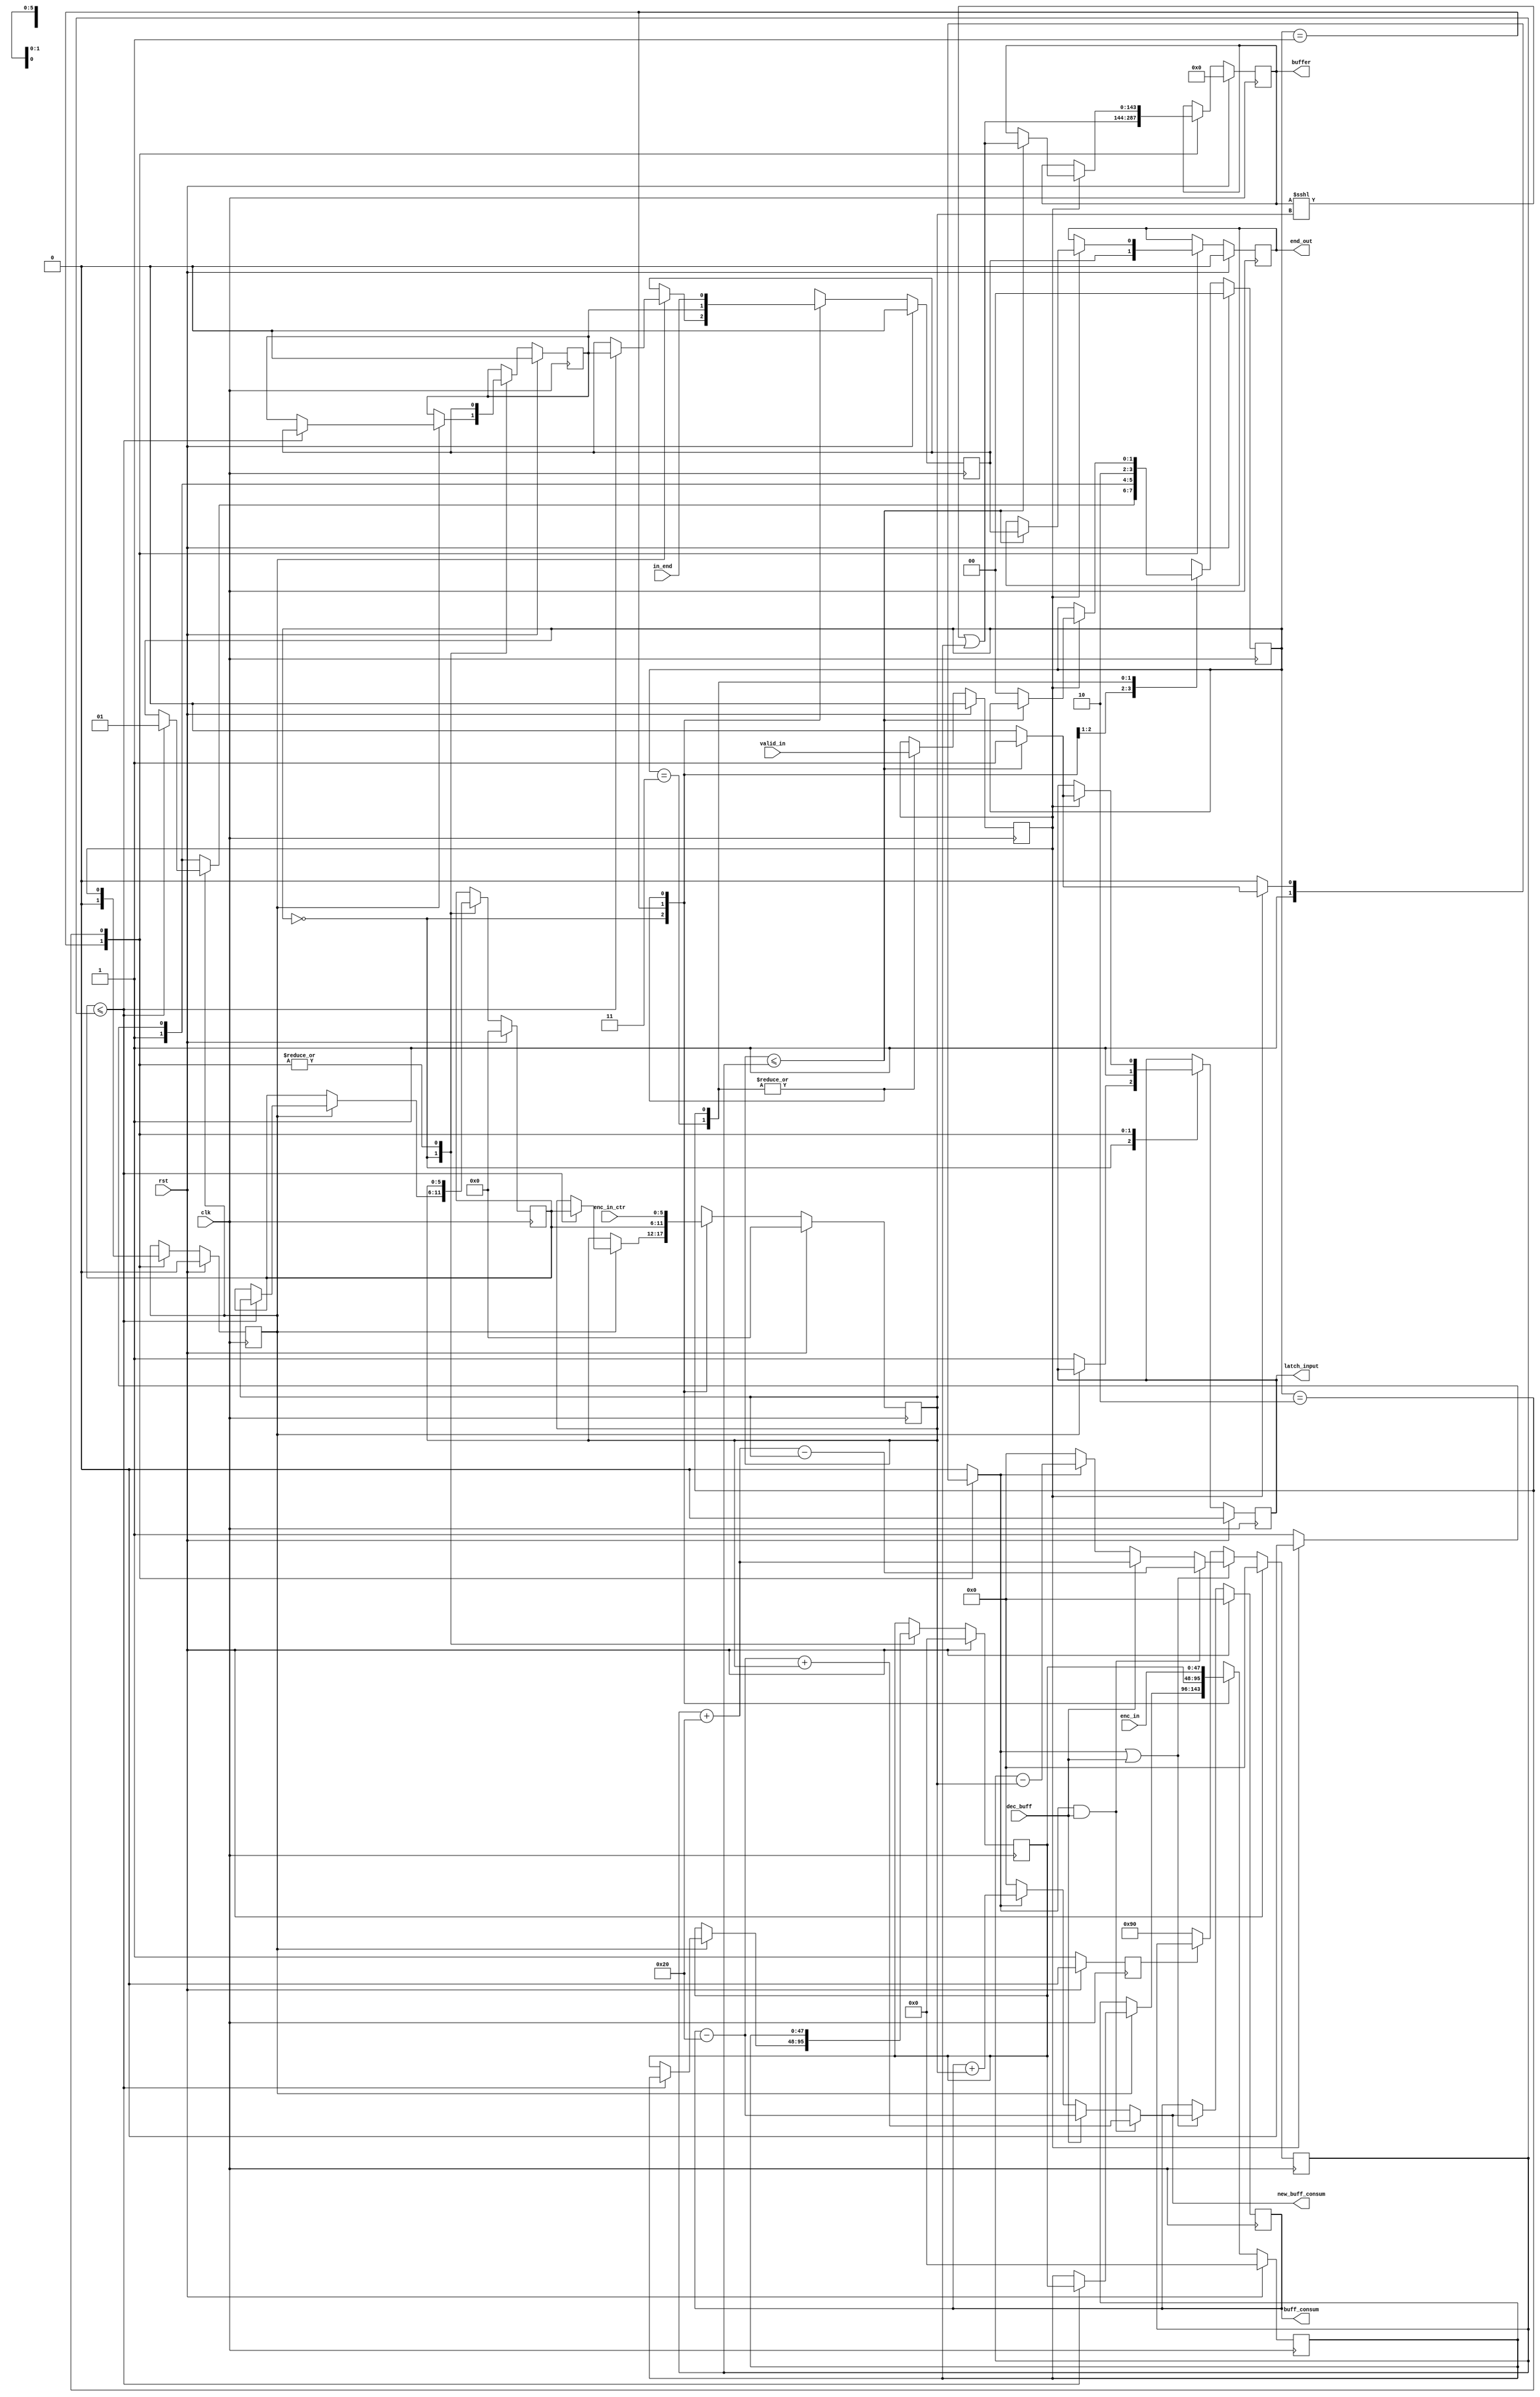
/* Generated by Yosys 0.8+     369 (git sha1 ea0e0722, clang 10.0.1 -fPIC -Os) */

(* \nmigen.hierarchy  = "top.input_handler" *)
(* generator = "nMigen" *)
module input_handler(valid_in, enc_in, enc_in_ctr, in_end, rst, clk, latch_input, buffer, end_out, new_buff_consum, buff_consum, dec_buff);
  wire \$1 ;
  wire \$11 ;
  wire \$13 ;
  wire \$15 ;
  wire \$17 ;
  wire \$19 ;
  wire \$21 ;
  wire \$23 ;
  wire \$25 ;
  wire [206:0] \$27 ;
  wire [206:0] \$28 ;
  wire \$3 ;
  wire [206:0] \$30 ;
  wire \$32 ;
  wire [206:0] \$34 ;
  wire [206:0] \$35 ;
  wire [206:0] \$37 ;
  wire \$39 ;
  wire \$41 ;
  wire [9:0] \$43 ;
  wire [8:0] \$44 ;
  wire [9:0] \$46 ;
  wire [8:0] \$48 ;
  wire [8:0] \$49 ;
  wire \$5 ;
  wire [8:0] \$51 ;
  wire [8:0] \$52 ;
  wire \$54 ;
  wire [9:0] \$56 ;
  wire [8:0] \$57 ;
  wire [9:0] \$59 ;
  wire [8:0] \$61 ;
  wire [8:0] \$62 ;
  wire [8:0] \$64 ;
  wire [8:0] \$65 ;
  wire \$7 ;
  wire \$9 ;
  (* src = "vbits_to_cbits.py:171" *)
  reg \$next\buff_change ;
  (* src = "vbits_to_cbits.py:146" *)
  reg [7:0] \$next\buff_consum ;
  (* src = "vbits_to_cbits.py:166" *)
  reg [7:0] \$next\buff_free ;
  (* src = "vbits_to_cbits.py:192" *)
  reg \$next\buff_reg ;
  (* src = "vbits_to_cbits.py:145" *)
  reg [143:0] \$next\buffer ;
  (* src = "vbits_to_cbits.py:186" *)
  reg [47:0] \$next\enc_in_buff ;
  (* src = "vbits_to_cbits.py:187" *)
  reg [5:0] \$next\enc_in_ctr_buff ;
  (* src = "vbits_to_cbits.py:181" *)
  reg [5:0] \$next\enc_in_ctr_reg ;
  (* src = "vbits_to_cbits.py:180" *)
  reg [47:0] \$next\enc_in_reg ;
  (* src = "vbits_to_cbits.py:153" *)
  reg \$next\end_out ;
  (* src = "nmigen/hdl/dsl.py:244" *)
  reg [1:0] \$next\fsm_state ;
  (* src = "vbits_to_cbits.py:188" *)
  reg \$next\in_end_buff ;
  (* src = "vbits_to_cbits.py:182" *)
  reg \$next\in_end_reg ;
  (* src = "vbits_to_cbits.py:170" *)
  reg \$next\inc_buff ;
  (* src = "vbits_to_cbits.py:138" *)
  reg \$next\latch_input ;
  (* src = "vbits_to_cbits.py:147" *)
  reg [7:0] \$next\new_buff_consum ;
  (* src = "vbits_to_cbits.py:167" *)
  reg [7:0] \$next\new_buff_free ;
  (* src = "vbits_to_cbits.py:165" *)
  reg \$next\start ;
  (* src = "vbits_to_cbits.py:189" *)
  reg \$next\valid_in_buff ;
  (* src = "vbits_to_cbits.py:176" *)
  reg \$next\valid_in_late ;
  (* src = "vbits_to_cbits.py:183" *)
  reg \$next\valid_in_reg ;
  (* src = "vbits_to_cbits.py:171" *)
  wire buff_change;
  (* init = 8'h00 *)
  (* src = "vbits_to_cbits.py:146" *)
  output [7:0] buff_consum;
  reg [7:0] buff_consum = 8'h00;
  (* init = 8'h00 *)
  (* src = "vbits_to_cbits.py:166" *)
  reg [7:0] buff_free = 8'h00;
  (* src = "vbits_to_cbits.py:192" *)
  wire buff_reg;
  (* init = 144'h000000000000000000000000000000000000 *)
  (* src = "vbits_to_cbits.py:145" *)
  output [143:0] buffer;
  reg [143:0] buffer = 144'h000000000000000000000000000000000000;
  (* src = "nmigen/hdl/ir.py:329" *)
  input clk;
  (* src = "vbits_to_cbits.py:150" *)
  input dec_buff;
  (* src = "vbits_to_cbits.py:139" *)
  input [47:0] enc_in;
  (* init = 48'h000000000000 *)
  (* src = "vbits_to_cbits.py:186" *)
  reg [47:0] enc_in_buff = 48'h000000000000;
  (* src = "vbits_to_cbits.py:140" *)
  input [5:0] enc_in_ctr;
  (* init = 6'h00 *)
  (* src = "vbits_to_cbits.py:187" *)
  reg [5:0] enc_in_ctr_buff = 6'h00;
  (* init = 6'h00 *)
  (* src = "vbits_to_cbits.py:181" *)
  reg [5:0] enc_in_ctr_reg = 6'h00;
  (* init = 48'h000000000000 *)
  (* src = "vbits_to_cbits.py:180" *)
  reg [47:0] enc_in_reg = 48'h000000000000;
  (* init = 1'h0 *)
  (* src = "vbits_to_cbits.py:153" *)
  output end_out;
  reg end_out = 1'h0;
  (* init = 2'h0 *)
  (* src = "nmigen/hdl/dsl.py:244" *)
  reg [1:0] fsm_state = 2'h0;
  (* src = "vbits_to_cbits.py:141" *)
  input in_end;
  (* init = 1'h0 *)
  (* src = "vbits_to_cbits.py:188" *)
  reg in_end_buff = 1'h0;
  (* init = 1'h0 *)
  (* src = "vbits_to_cbits.py:182" *)
  reg in_end_reg = 1'h0;
  (* src = "vbits_to_cbits.py:170" *)
  wire inc_buff;
  (* init = 1'h0 *)
  (* src = "vbits_to_cbits.py:138" *)
  output latch_input;
  reg latch_input = 1'h0;
  (* src = "vbits_to_cbits.py:147" *)
  output [7:0] new_buff_consum;
  (* src = "vbits_to_cbits.py:167" *)
  wire [7:0] new_buff_free;
  (* src = "nmigen/hdl/ir.py:329" *)
  input rst;
  (* init = 1'h0 *)
  (* src = "vbits_to_cbits.py:165" *)
  reg start = 1'h0;
  (* src = "vbits_to_cbits.py:142" *)
  input valid_in;
  (* init = 1'h0 *)
  (* src = "vbits_to_cbits.py:189" *)
  reg valid_in_buff = 1'h0;
  (* init = 1'h0 *)
  (* src = "vbits_to_cbits.py:176" *)
  reg valid_in_late = 1'h0;
  (* init = 1'h0 *)
  (* src = "vbits_to_cbits.py:183" *)
  reg valid_in_reg = 1'h0;
  assign \$9  = enc_in_ctr_buff <= (* src = "vbits_to_cbits.py:243" *) buff_free;
  assign \$11  = enc_in_ctr_buff <= (* src = "vbits_to_cbits.py:243" *) buff_free;
  assign \$13  = enc_in_ctr_buff <= (* src = "vbits_to_cbits.py:243" *) buff_free;
  assign \$15  = enc_in_ctr_buff <= (* src = "vbits_to_cbits.py:243" *) buff_free;
  assign \$17  = enc_in_ctr_buff <= (* src = "vbits_to_cbits.py:243" *) buff_free;
  assign \$1  = enc_in_ctr_reg <= (* src = "vbits_to_cbits.py:281" *) buff_free;
  assign \$19  = enc_in_ctr_buff <= (* src = "vbits_to_cbits.py:243" *) buff_free;
  assign \$21  = enc_in_ctr_buff <= (* src = "vbits_to_cbits.py:243" *) buff_free;
  assign \$23  = enc_in_ctr_reg <= (* src = "vbits_to_cbits.py:281" *) buff_free;
  assign \$25  = enc_in_ctr_reg <= (* src = "vbits_to_cbits.py:281" *) buff_free;
  assign \$28  = buffer <<< (* src = "vbits_to_cbits.py:206" *) enc_in_ctr_reg;
  assign \$30  = \$28  | (* src = "vbits_to_cbits.py:206" *) enc_in_reg;
  assign \$32  = enc_in_ctr_reg <= (* src = "vbits_to_cbits.py:281" *) buff_free;
  assign \$35  = buffer <<< (* src = "vbits_to_cbits.py:206" *) enc_in_ctr_reg;
  assign \$37  = \$35  | (* src = "vbits_to_cbits.py:206" *) enc_in_reg;
  assign \$3  = inc_buff | (* src = "vbits_to_cbits.py:173" *) dec_buff;
  assign \$39  = enc_in_ctr_reg <= (* src = "vbits_to_cbits.py:281" *) buff_free;
  assign \$41  = inc_buff & (* src = "vbits_to_cbits.py:289" *) dec_buff;
  assign \$44  = buff_free + (* src = "vbits_to_cbits.py:290" *) 6'h20;
  assign \$46  = \$44  - (* src = "vbits_to_cbits.py:290" *) enc_in_ctr_reg;
  assign \$49  = buff_free + (* src = "vbits_to_cbits.py:293" *) 6'h20;
  assign \$52  = buff_free - (* src = "vbits_to_cbits.py:295" *) enc_in_ctr_reg;
  assign \$54  = inc_buff & (* src = "vbits_to_cbits.py:298" *) dec_buff;
  assign \$57  = buff_consum - (* src = "vbits_to_cbits.py:299" *) 6'h20;
  assign \$5  = start == (* src = "vbits_to_cbits.py:232" *) 1'h0;
  assign \$59  = \$57  + (* src = "vbits_to_cbits.py:299" *) enc_in_ctr_reg;
  assign \$62  = buff_consum - (* src = "vbits_to_cbits.py:302" *) 6'h20;
  assign \$65  = buff_consum + (* src = "vbits_to_cbits.py:304" *) enc_in_ctr_reg;
  assign \$7  = start == (* src = "vbits_to_cbits.py:232" *) 1'h0;
  always @(posedge clk)
      latch_input <= \$next\latch_input ;
  always @(posedge clk)
      fsm_state <= \$next\fsm_state ;
  always @(posedge clk)
      in_end_reg <= \$next\in_end_reg ;
  always @(posedge clk)
      enc_in_ctr_reg <= \$next\enc_in_ctr_reg ;
  always @(posedge clk)
      enc_in_reg <= \$next\enc_in_reg ;
  always @(posedge clk)
      in_end_buff <= \$next\in_end_buff ;
  always @(posedge clk)
      enc_in_ctr_buff <= \$next\enc_in_ctr_buff ;
  always @(posedge clk)
      enc_in_buff <= \$next\enc_in_buff ;
  always @(posedge clk)
      start <= \$next\start ;
  always @(posedge clk)
      buff_free <= \$next\buff_free ;
  always @(posedge clk)
      valid_in_late <= \$next\valid_in_late ;
  always @(posedge clk)
      buff_consum <= \$next\buff_consum ;
  always @(posedge clk)
      valid_in_reg <= \$next\valid_in_reg ;
  always @(posedge clk)
      end_out <= \$next\end_out ;
  always @(posedge clk)
      buffer <= \$next\buffer ;
  always @(posedge clk)
      valid_in_buff <= \$next\valid_in_buff ;
  always @* begin
    \$next\inc_buff  = 1'h0;
    \$next\inc_buff  = 1'h0;
    casez (fsm_state)
      2'h1:
          \$next\inc_buff  = 1'h1;
      2'h2:
          casez (valid_in_reg)
            1'h1:
                casez (\$1 )
                  1'h1:
                      \$next\inc_buff  = 1'h1;
                endcase
          endcase
    endcase
  end
  always @* begin
    \$next\buff_change  = 1'h0;
    \$next\buff_change  = \$3 ;
  end
  always @* begin
    \$next\enc_in_ctr_reg  = enc_in_ctr_reg;
    casez (fsm_state)
      2'h0:
          casez ({ valid_in_reg, valid_in_buff })
            2'bz1:
                casez (\$17 )
                  1'h1:
                      \$next\enc_in_ctr_reg  = enc_in_ctr_buff;
                endcase
          endcase
      2'h1:
          \$next\enc_in_ctr_reg  = enc_in_ctr_buff;
      2'h3:
          \$next\enc_in_ctr_reg  = enc_in_ctr;
      2'h2:
          \$next\enc_in_ctr_reg  = enc_in_ctr;
    endcase
    casez (rst)
      1'h1:
          \$next\enc_in_ctr_reg  = 6'h00;
    endcase
  end
  always @* begin
    \$next\in_end_reg  = in_end_reg;
    casez (fsm_state)
      2'h0:
          casez ({ valid_in_reg, valid_in_buff })
            2'bz1:
                casez (\$19 )
                  1'h1:
                      \$next\in_end_reg  = in_end_buff;
                endcase
          endcase
      2'h1:
          \$next\in_end_reg  = in_end_buff;
      2'h3:
          \$next\in_end_reg  = in_end;
      2'h2:
          \$next\in_end_reg  = in_end;
    endcase
    casez (rst)
      1'h1:
          \$next\in_end_reg  = 1'h0;
    endcase
  end
  always @* begin
    \$next\fsm_state  = fsm_state;
    casez (fsm_state)
      2'h0:
          casez ({ valid_in_reg, valid_in_buff })
            2'bz1:
                casez (\$21 )
                  1'h1:
                      \$next\fsm_state  = 2'h1;
                endcase
            2'b1z:
                \$next\fsm_state  = 2'h2;
            2'hz:
                \$next\fsm_state  = 2'h3;
          endcase
      2'h1:
          casez (valid_in_reg)
            1'h1:
                \$next\fsm_state  = 2'h2;
            1'hz:
                \$next\fsm_state  = 2'h3;
          endcase
      2'h3:
          \$next\fsm_state  = 2'h2;
      2'h2:
          casez (valid_in_reg)
            1'h1:
                casez (\$23 )
                  1'h1:
                      /* empty */;
                  1'hz:
                      \$next\fsm_state  = 2'h0;
                endcase
          endcase
    endcase
    casez (rst)
      1'h1:
          \$next\fsm_state  = 2'h0;
    endcase
  end
  always @* begin
    \$next\latch_input  = latch_input;
    casez (fsm_state)
      2'h0:
          casez ({ valid_in_reg, valid_in_buff })
            2'bz1:
                /* empty */;
            2'b1z:
                \$next\latch_input  = 1'h1;
            2'hz:
                \$next\latch_input  = 1'h1;
          endcase
      2'h1:
          casez (valid_in_reg)
            1'h1:
                \$next\latch_input  = 1'h1;
            1'hz:
                \$next\latch_input  = 1'h1;
          endcase
      2'h2:
          casez (valid_in_reg)
            1'h1:
                casez (\$25 )
                  1'h1:
                      \$next\latch_input  = 1'h1;
                  1'hz:
                      \$next\latch_input  = 1'h0;
                endcase
          endcase
    endcase
    casez (rst)
      1'h1:
          \$next\latch_input  = 1'h0;
    endcase
  end
  always @* begin
    \$next\valid_in_buff  = valid_in_buff;
    casez (fsm_state)
      2'h1:
          \$next\valid_in_buff  = 1'h0;
      2'h2:
          \$next\valid_in_buff  = valid_in_reg;
    endcase
    casez (rst)
      1'h1:
          \$next\valid_in_buff  = 1'h0;
    endcase
  end
  always @* begin
    \$next\buffer  = buffer;
    casez (fsm_state)
      2'h1:
          \$next\buffer  = \$27 [143:0];
      2'h2:
          casez (valid_in_reg)
            1'h1:
                casez (\$32 )
                  1'h1:
                      \$next\buffer  = \$34 [143:0];
                endcase
          endcase
    endcase
    casez (rst)
      1'h1:
          \$next\buffer  = 144'h000000000000000000000000000000000000;
    endcase
  end
  always @* begin
    \$next\end_out  = end_out;
    casez (fsm_state)
      2'h1:
          \$next\end_out  = in_end_reg;
      2'h2:
          casez (valid_in_reg)
            1'h1:
                casez (\$39 )
                  1'h1:
                      \$next\end_out  = in_end_reg;
                endcase
          endcase
    endcase
    casez (rst)
      1'h1:
          \$next\end_out  = 1'h0;
    endcase
  end
  always @* begin
    \$next\valid_in_reg  = valid_in_reg;
    casez (fsm_state)
      2'h3:
          \$next\valid_in_reg  = valid_in;
      2'h2:
          \$next\valid_in_reg  = valid_in;
    endcase
    casez (rst)
      1'h1:
          \$next\valid_in_reg  = 1'h0;
    endcase
  end
  always @* begin
    \$next\new_buff_free  = 8'h00;
    casez (\$41 )
      1'h1:
          \$next\new_buff_free  = \$43 [7:0];
      1'hz:
          casez ({ inc_buff, dec_buff })
            2'bz1:
                \$next\new_buff_free  = \$48 [7:0];
            2'b1z:
                \$next\new_buff_free  = \$51 [7:0];
          endcase
    endcase
  end
  always @* begin
    \$next\new_buff_consum  = 8'h00;
    casez (\$54 )
      1'h1:
          \$next\new_buff_consum  = \$56 [7:0];
      1'hz:
          casez ({ inc_buff, dec_buff })
            2'bz1:
                \$next\new_buff_consum  = \$61 [7:0];
            2'b1z:
                \$next\new_buff_consum  = \$64 [7:0];
          endcase
    endcase
  end
  always @* begin
    \$next\valid_in_late  = valid_in_late;
    \$next\valid_in_late  = valid_in;
    casez (rst)
      1'h1:
          \$next\valid_in_late  = 1'h0;
    endcase
  end
  always @* begin
    \$next\buff_consum  = buff_consum;
    casez (buff_change)
      1'h1:
          \$next\buff_consum  = new_buff_consum;
    endcase
    casez (rst)
      1'h1:
          \$next\buff_consum  = 8'h00;
    endcase
  end
  always @* begin
    \$next\buff_reg  = 1'h0;
    \$next\buff_reg  = 1'h0;
    casez (fsm_state)
      2'h3:
          \$next\buff_reg  = 1'h1;
      2'h2:
          \$next\buff_reg  = 1'h1;
    endcase
  end
  always @* begin
    \$next\buff_free  = buff_free;
    casez (\$5 )
      1'h1:
          \$next\buff_free  = 8'h90;
    endcase
    casez (buff_change)
      1'h1:
          \$next\buff_free  = new_buff_free;
    endcase
    casez (rst)
      1'h1:
          \$next\buff_free  = 8'h00;
    endcase
  end
  always @* begin
    \$next\start  = start;
    casez (\$7 )
      1'h1:
          \$next\start  = 1'h1;
    endcase
    casez (rst)
      1'h1:
          \$next\start  = 1'h0;
    endcase
  end
  always @* begin
    \$next\enc_in_buff  = enc_in_buff;
    casez (fsm_state)
      2'h0:
          casez ({ valid_in_reg, valid_in_buff })
            2'bz1:
                casez (\$9 )
                  1'h1:
                      \$next\enc_in_buff  = enc_in_reg;
                endcase
          endcase
      2'h1:
          \$next\enc_in_buff  = enc_in_reg;
      2'h2:
          \$next\enc_in_buff  = enc_in_reg;
    endcase
    casez (rst)
      1'h1:
          \$next\enc_in_buff  = 48'h000000000000;
    endcase
  end
  always @* begin
    \$next\enc_in_ctr_buff  = enc_in_ctr_buff;
    casez (fsm_state)
      2'h0:
          casez ({ valid_in_reg, valid_in_buff })
            2'bz1:
                casez (\$11 )
                  1'h1:
                      \$next\enc_in_ctr_buff  = enc_in_ctr_reg;
                endcase
          endcase
      2'h1:
          \$next\enc_in_ctr_buff  = enc_in_ctr_reg;
      2'h2:
          \$next\enc_in_ctr_buff  = enc_in_ctr_reg;
    endcase
    casez (rst)
      1'h1:
          \$next\enc_in_ctr_buff  = 6'h00;
    endcase
  end
  always @* begin
    \$next\in_end_buff  = in_end_buff;
    casez (fsm_state)
      2'h0:
          casez ({ valid_in_reg, valid_in_buff })
            2'bz1:
                casez (\$13 )
                  1'h1:
                      \$next\in_end_buff  = in_end_reg;
                endcase
          endcase
      2'h1:
          \$next\in_end_buff  = in_end_reg;
      2'h2:
          \$next\in_end_buff  = in_end_reg;
    endcase
    casez (rst)
      1'h1:
          \$next\in_end_buff  = 1'h0;
    endcase
  end
  always @* begin
    \$next\enc_in_reg  = enc_in_reg;
    casez (fsm_state)
      2'h0:
          casez ({ valid_in_reg, valid_in_buff })
            2'bz1:
                casez (\$15 )
                  1'h1:
                      \$next\enc_in_reg  = enc_in_buff;
                endcase
          endcase
      2'h1:
          \$next\enc_in_reg  = enc_in_buff;
      2'h3:
          \$next\enc_in_reg  = enc_in;
      2'h2:
          \$next\enc_in_reg  = enc_in;
    endcase
    casez (rst)
      1'h1:
          \$next\enc_in_reg  = 48'h000000000000;
    endcase
  end
  assign \$27  = \$30 ;
  assign \$34  = \$37 ;
  assign \$43  = \$46 ;
  assign \$48  = \$49 ;
  assign \$51  = \$52 ;
  assign \$56  = \$59 ;
  assign \$61  = \$62 ;
  assign \$64  = \$65 ;
  assign new_buff_consum = \$next\new_buff_consum ;
  assign new_buff_free = \$next\new_buff_free ;
  assign buff_reg = \$next\buff_reg ;
  assign buff_change = \$next\buff_change ;
  assign inc_buff = \$next\inc_buff ;
endmodule

(* \nmigen.hierarchy  = "top.output_handler" *)
(* generator = "nMigen" *)
module output_handler(end_in, buffer, busy_in, rst, clk, dec_buff_out, data_out, end_out, valid_out, buff_consum);
  wire [8:0] \$1 ;
  wire \$11 ;
  wire \$13 ;
  wire \$15 ;
  wire \$17 ;
  wire \$19 ;
  wire [8:0] \$2 ;
  wire \$21 ;
  wire \$23 ;
  wire \$25 ;
  wire \$27 ;
  wire \$29 ;
  wire \$31 ;
  wire \$33 ;
  wire \$35 ;
  wire \$37 ;
  wire [143:0] \$39 ;
  wire [8:0] \$4 ;
  wire [143:0] \$40 ;
  wire [174:0] \$42 ;
  wire [174:0] \$43 ;
  wire \$45 ;
  wire \$47 ;
  wire \$49 ;
  wire [8:0] \$5 ;
  wire [143:0] \$51 ;
  wire [143:0] \$52 ;
  wire [174:0] \$54 ;
  wire [174:0] \$55 ;
  wire \$57 ;
  wire \$59 ;
  wire \$61 ;
  wire \$63 ;
  wire \$65 ;
  wire \$67 ;
  wire \$69 ;
  wire \$7 ;
  wire \$71 ;
  wire \$73 ;
  wire \$75 ;
  wire \$77 ;
  wire \$79 ;
  wire \$9 ;
  (* src = "vbits_to_cbits.py:84" *)
  reg \$next\buff_consum_greater_eq ;
  (* src = "vbits_to_cbits.py:83" *)
  reg \$next\buff_consum_less_eq ;
  (* src = "vbits_to_cbits.py:52" *)
  reg [31:0] \$next\data_out ;
  (* src = "vbits_to_cbits.py:63" *)
  reg \$next\dec_buff_out ;
  (* src = "vbits_to_cbits.py:54" *)
  reg \$next\end_out ;
  (* src = "nmigen/hdl/dsl.py:244" *)
  reg [1:0] \$next\fsm_state ;
  (* src = "vbits_to_cbits.py:75" *)
  reg [4:0] \$next\shift_left ;
  (* src = "vbits_to_cbits.py:74" *)
  reg [6:0] \$next\shift_right ;
  (* src = "vbits_to_cbits.py:53" *)
  reg \$next\valid_out ;
  (* src = "vbits_to_cbits.py:59" *)
  input [7:0] buff_consum;
  (* src = "vbits_to_cbits.py:84" *)
  wire buff_consum_greater_eq;
  (* src = "vbits_to_cbits.py:83" *)
  wire buff_consum_less_eq;
  (* src = "vbits_to_cbits.py:58" *)
  input [143:0] buffer;
  (* src = "vbits_to_cbits.py:55" *)
  input busy_in;
  (* src = "nmigen/hdl/ir.py:329" *)
  input clk;
  (* init = 32'd0 *)
  (* src = "vbits_to_cbits.py:52" *)
  output [31:0] data_out;
  reg [31:0] data_out = 32'd0;
  (* src = "vbits_to_cbits.py:63" *)
  output dec_buff_out;
  (* src = "vbits_to_cbits.py:66" *)
  input end_in;
  (* init = 1'h0 *)
  (* src = "vbits_to_cbits.py:54" *)
  output end_out;
  reg end_out = 1'h0;
  (* init = 2'h0 *)
  (* src = "nmigen/hdl/dsl.py:244" *)
  reg [1:0] fsm_state = 2'h0;
  (* src = "nmigen/hdl/ir.py:329" *)
  input rst;
  (* src = "vbits_to_cbits.py:75" *)
  wire [4:0] shift_left;
  (* src = "vbits_to_cbits.py:74" *)
  wire [6:0] shift_right;
  (* init = 1'h0 *)
  (* src = "vbits_to_cbits.py:53" *)
  output valid_out;
  reg valid_out = 1'h0;
  assign \$9  = buff_consum_greater_eq | (* src = "vbits_to_cbits.py:108" *) \$7 ;
  assign \$11  = busy_in == (* src = "vbits_to_cbits.py:114" *) 1'h0;
  assign \$13  = \$11  & (* src = "vbits_to_cbits.py:114" *) buff_consum_greater_eq;
  assign \$15  = busy_in == (* src = "vbits_to_cbits.py:117" *) 1'h0;
  assign \$17  = buff_consum >= (* src = "vbits_to_cbits.py:87" *) 6'h20;
  assign \$19  = buff_consum <= (* src = "vbits_to_cbits.py:88" *) 6'h20;
  assign \$21  = buff_consum_less_eq & (* src = "vbits_to_cbits.py:108" *) end_in;
  assign \$23  = buff_consum_greater_eq | (* src = "vbits_to_cbits.py:108" *) \$21 ;
  assign \$25  = buff_consum_less_eq & (* src = "vbits_to_cbits.py:97" *) end_in;
  assign \$27  = busy_in == (* src = "vbits_to_cbits.py:114" *) 1'h0;
  assign \$2  = buff_consum - (* src = "vbits_to_cbits.py:76" *) 6'h20;
  assign \$29  = \$27  & (* src = "vbits_to_cbits.py:114" *) buff_consum_greater_eq;
  assign \$31  = busy_in == (* src = "vbits_to_cbits.py:117" *) 1'h0;
  assign \$33  = buff_consum_less_eq & (* src = "vbits_to_cbits.py:97" *) end_in;
  assign \$35  = buff_consum_less_eq & (* src = "vbits_to_cbits.py:108" *) end_in;
  assign \$37  = buff_consum_greater_eq | (* src = "vbits_to_cbits.py:108" *) \$35 ;
  assign \$40  = buffer >>> (* src = "vbits_to_cbits.py:93" *) shift_right;
  assign \$43  = buffer <<< (* src = "vbits_to_cbits.py:95" *) shift_left;
  assign \$45  = busy_in == (* src = "vbits_to_cbits.py:114" *) 1'h0;
  assign \$47  = \$45  & (* src = "vbits_to_cbits.py:114" *) buff_consum_greater_eq;
  assign \$49  = busy_in == (* src = "vbits_to_cbits.py:117" *) 1'h0;
  assign \$52  = buffer >>> (* src = "vbits_to_cbits.py:93" *) shift_right;
  assign \$55  = buffer <<< (* src = "vbits_to_cbits.py:95" *) shift_left;
  assign \$57  = buff_consum_less_eq & (* src = "vbits_to_cbits.py:108" *) end_in;
  assign \$5  = 6'h20 - (* src = "vbits_to_cbits.py:77" *) buff_consum;
  assign \$59  = buff_consum_greater_eq | (* src = "vbits_to_cbits.py:108" *) \$57 ;
  assign \$61  = buff_consum_less_eq & (* src = "vbits_to_cbits.py:97" *) end_in;
  assign \$63  = busy_in == (* src = "vbits_to_cbits.py:114" *) 1'h0;
  assign \$65  = \$63  & (* src = "vbits_to_cbits.py:114" *) buff_consum_greater_eq;
  assign \$67  = busy_in == (* src = "vbits_to_cbits.py:117" *) 1'h0;
  assign \$69  = buff_consum_less_eq & (* src = "vbits_to_cbits.py:97" *) end_in;
  assign \$71  = buff_consum_less_eq & (* src = "vbits_to_cbits.py:108" *) end_in;
  assign \$73  = buff_consum_greater_eq | (* src = "vbits_to_cbits.py:108" *) \$71 ;
  assign \$75  = busy_in == (* src = "vbits_to_cbits.py:114" *) 1'h0;
  assign \$77  = \$75  & (* src = "vbits_to_cbits.py:114" *) buff_consum_greater_eq;
  assign \$7  = buff_consum_less_eq & (* src = "vbits_to_cbits.py:108" *) end_in;
  assign \$79  = busy_in == (* src = "vbits_to_cbits.py:117" *) 1'h0;
  always @(posedge clk)
      valid_out <= \$next\valid_out ;
  always @(posedge clk)
      end_out <= \$next\end_out ;
  always @(posedge clk)
      data_out <= \$next\data_out ;
  always @(posedge clk)
      fsm_state <= \$next\fsm_state ;
  always @* begin
    \$next\shift_right  = 7'h00;
    \$next\shift_right  = \$1 [6:0];
  end
  always @* begin
    \$next\shift_left  = 5'h00;
    \$next\shift_left  = \$4 [4:0];
  end
  always @* begin
    \$next\dec_buff_out  = 1'h0;
    \$next\dec_buff_out  = 1'h0;
    casez (fsm_state)
      2'h0:
          casez (\$9 )
            1'h1:
                \$next\dec_buff_out  = 1'h1;
          endcase
      2'h1:
          casez ({ \$15 , \$13  })
            2'bz1:
                \$next\dec_buff_out  = 1'h1;
          endcase
    endcase
  end
  always @* begin
    \$next\buff_consum_greater_eq  = 1'h0;
    \$next\buff_consum_greater_eq  = \$17 ;
  end
  always @* begin
    \$next\buff_consum_less_eq  = 1'h0;
    \$next\buff_consum_less_eq  = \$19 ;
  end
  always @* begin
    \$next\fsm_state  = fsm_state;
    casez (fsm_state)
      2'h0:
          casez (\$23 )
            1'h1:
              begin
                \$next\fsm_state  = 2'h1;
                casez (\$25 )
                  1'h1:
                      \$next\fsm_state  = 2'h2;
                endcase
              end
          endcase
      2'h1:
          casez ({ \$31 , \$29  })
            2'bz1:
                casez (\$33 )
                  1'h1:
                      \$next\fsm_state  = 2'h2;
                endcase
            2'b1z:
                \$next\fsm_state  = 2'h0;
          endcase
    endcase
    casez (rst)
      1'h1:
          \$next\fsm_state  = 2'h0;
    endcase
  end
  always @* begin
    \$next\data_out  = data_out;
    casez (fsm_state)
      2'h0:
          casez (\$37 )
            1'h1:
                casez (buff_consum_greater_eq)
                  1'h1:
                      \$next\data_out  = \$39 [31:0];
                  1'hz:
                      \$next\data_out  = \$42 [31:0];
                endcase
          endcase
      2'h1:
          casez ({ \$49 , \$47  })
            2'bz1:
                casez (buff_consum_greater_eq)
                  1'h1:
                      \$next\data_out  = \$51 [31:0];
                  1'hz:
                      \$next\data_out  = \$54 [31:0];
                endcase
          endcase
    endcase
    casez (rst)
      1'h1:
          \$next\data_out  = 32'd0;
    endcase
  end
  always @* begin
    \$next\end_out  = end_out;
    casez (fsm_state)
      2'h0:
          casez (\$59 )
            1'h1:
                casez (\$61 )
                  1'h1:
                      \$next\end_out  = 1'h1;
                endcase
          endcase
      2'h1:
          casez ({ \$67 , \$65  })
            2'bz1:
                casez (\$69 )
                  1'h1:
                      \$next\end_out  = 1'h1;
                endcase
          endcase
    endcase
    casez (rst)
      1'h1:
          \$next\end_out  = 1'h0;
    endcase
  end
  always @* begin
    \$next\valid_out  = valid_out;
    casez (fsm_state)
      2'h0:
          casez (\$73 )
            1'h1:
                \$next\valid_out  = 1'h1;
          endcase
      2'h1:
          casez ({ \$79 , \$77  })
            2'bz1:
                \$next\valid_out  = 1'h1;
            2'b1z:
                \$next\valid_out  = 1'h0;
          endcase
    endcase
    casez (rst)
      1'h1:
          \$next\valid_out  = 1'h0;
    endcase
  end
  assign \$1  = \$2 ;
  assign \$4  = \$5 ;
  assign \$39  = \$40 ;
  assign \$42  = \$43 ;
  assign \$51  = \$52 ;
  assign \$54  = \$55 ;
  assign buff_consum_less_eq = \$next\buff_consum_less_eq ;
  assign buff_consum_greater_eq = \$next\buff_consum_greater_eq ;
  assign dec_buff_out = \$next\dec_buff_out ;
  assign shift_left = \$next\shift_left ;
  assign shift_right = \$next\shift_right ;
endmodule

(* \nmigen.hierarchy  = "top" *)
(* top =  1  *)
(* generator = "nMigen" *)
module top(enc_in_ctr, in_end, valid_in, busy_in, rst, clk, data_out, valid_out, latch_input, end_out, enc_in);
  (* src = "vbits_to_cbits.py:332" *)
  reg [31:0] \$next\data_out ;
  (* src = "vbits_to_cbits.py:334" *)
  reg \$next\end_out ;
  (* src = "vbits_to_cbits.py:150" *)
  reg \$next\input_handler_dec_buff ;
  (* src = "vbits_to_cbits.py:139" *)
  reg [47:0] \$next\input_handler_enc_in ;
  (* src = "vbits_to_cbits.py:140" *)
  reg [5:0] \$next\input_handler_enc_in_ctr ;
  (* src = "vbits_to_cbits.py:141" *)
  reg \$next\input_handler_in_end ;
  (* src = "vbits_to_cbits.py:142" *)
  reg \$next\input_handler_valid_in ;
  (* src = "vbits_to_cbits.py:326" *)
  reg \$next\latch_input ;
  (* src = "vbits_to_cbits.py:60" *)
  reg [7:0] \$next\new_buff_consum ;
  (* src = "vbits_to_cbits.py:59" *)
  reg [7:0] \$next\output_handler_buff_consum ;
  (* src = "vbits_to_cbits.py:58" *)
  reg [143:0] \$next\output_handler_buffer ;
  (* src = "vbits_to_cbits.py:55" *)
  reg \$next\output_handler_busy_in ;
  (* src = "vbits_to_cbits.py:66" *)
  reg \$next\output_handler_end_in ;
  (* src = "vbits_to_cbits.py:333" *)
  reg \$next\valid_out ;
  (* src = "vbits_to_cbits.py:335" *)
  input busy_in;
  (* src = "nmigen/hdl/ir.py:329" *)
  input clk;
  (* src = "vbits_to_cbits.py:332" *)
  output [31:0] data_out;
  (* src = "vbits_to_cbits.py:327" *)
  input [47:0] enc_in;
  (* src = "vbits_to_cbits.py:328" *)
  input [5:0] enc_in_ctr;
  (* src = "vbits_to_cbits.py:334" *)
  output end_out;
  (* src = "vbits_to_cbits.py:329" *)
  input in_end;
  (* src = "vbits_to_cbits.py:146" *)
  wire [7:0] input_handler_buff_consum;
  (* src = "vbits_to_cbits.py:145" *)
  wire [143:0] input_handler_buffer;
  (* src = "vbits_to_cbits.py:150" *)
  wire input_handler_dec_buff;
  (* src = "vbits_to_cbits.py:139" *)
  wire [47:0] input_handler_enc_in;
  (* src = "vbits_to_cbits.py:140" *)
  wire [5:0] input_handler_enc_in_ctr;
  (* src = "vbits_to_cbits.py:153" *)
  wire input_handler_end_out;
  (* src = "vbits_to_cbits.py:141" *)
  wire input_handler_in_end;
  (* src = "vbits_to_cbits.py:138" *)
  wire input_handler_latch_input;
  (* src = "vbits_to_cbits.py:147" *)
  wire [7:0] input_handler_new_buff_consum;
  (* src = "vbits_to_cbits.py:142" *)
  wire input_handler_valid_in;
  (* src = "vbits_to_cbits.py:326" *)
  output latch_input;
  (* src = "vbits_to_cbits.py:60" *)
  wire [7:0] new_buff_consum;
  (* src = "vbits_to_cbits.py:59" *)
  wire [7:0] output_handler_buff_consum;
  (* src = "vbits_to_cbits.py:58" *)
  wire [143:0] output_handler_buffer;
  (* src = "vbits_to_cbits.py:55" *)
  wire output_handler_busy_in;
  (* src = "vbits_to_cbits.py:52" *)
  wire [31:0] output_handler_data_out;
  (* src = "vbits_to_cbits.py:63" *)
  wire output_handler_dec_buff_out;
  (* src = "vbits_to_cbits.py:66" *)
  wire output_handler_end_in;
  (* src = "vbits_to_cbits.py:54" *)
  wire output_handler_end_out;
  (* src = "vbits_to_cbits.py:53" *)
  wire output_handler_valid_out;
  (* src = "nmigen/hdl/ir.py:329" *)
  input rst;
  (* src = "vbits_to_cbits.py:330" *)
  input valid_in;
  (* src = "vbits_to_cbits.py:333" *)
  output valid_out;
  input_handler input_handler (
    .buff_consum(input_handler_buff_consum),
    .buffer(input_handler_buffer),
    .clk(clk),
    .dec_buff(input_handler_dec_buff),
    .enc_in(input_handler_enc_in),
    .enc_in_ctr(input_handler_enc_in_ctr),
    .end_out(input_handler_end_out),
    .in_end(input_handler_in_end),
    .latch_input(input_handler_latch_input),
    .new_buff_consum(input_handler_new_buff_consum),
    .rst(rst),
    .valid_in(input_handler_valid_in)
  );
  output_handler output_handler (
    .buff_consum(output_handler_buff_consum),
    .buffer(output_handler_buffer),
    .busy_in(output_handler_busy_in),
    .clk(clk),
    .data_out(output_handler_data_out),
    .dec_buff_out(output_handler_dec_buff_out),
    .end_in(output_handler_end_in),
    .end_out(output_handler_end_out),
    .rst(rst),
    .valid_out(output_handler_valid_out)
  );
  always @* begin
    \$next\latch_input  = 1'h0;
    \$next\latch_input  = input_handler_latch_input;
  end
  always @* begin
    \$next\input_handler_enc_in  = 48'h000000000000;
    \$next\input_handler_enc_in  = enc_in;
  end
  always @* begin
    \$next\data_out  = 32'd0;
    \$next\data_out  = output_handler_data_out;
  end
  always @* begin
    \$next\valid_out  = 1'h0;
    \$next\valid_out  = output_handler_valid_out;
  end
  always @* begin
    \$next\end_out  = 1'h0;
    \$next\end_out  = output_handler_end_out;
  end
  always @* begin
    \$next\output_handler_busy_in  = 1'h0;
    \$next\output_handler_busy_in  = busy_in;
  end
  always @* begin
    \$next\input_handler_enc_in_ctr  = 6'h00;
    \$next\input_handler_enc_in_ctr  = enc_in_ctr;
  end
  always @* begin
    \$next\input_handler_in_end  = 1'h0;
    \$next\input_handler_in_end  = in_end;
  end
  always @* begin
    \$next\input_handler_valid_in  = 1'h0;
    \$next\input_handler_valid_in  = valid_in;
  end
  always @* begin
    \$next\input_handler_dec_buff  = 1'h0;
    \$next\input_handler_dec_buff  = output_handler_dec_buff_out;
  end
  always @* begin
    \$next\output_handler_buffer  = 144'h000000000000000000000000000000000000;
    \$next\output_handler_buffer  = input_handler_buffer;
  end
  always @* begin
    \$next\output_handler_buff_consum  = 8'h00;
    \$next\output_handler_buff_consum  = input_handler_buff_consum;
  end
  always @* begin
    \$next\new_buff_consum  = 8'h00;
    \$next\new_buff_consum  = input_handler_new_buff_consum;
  end
  always @* begin
    \$next\output_handler_end_in  = 1'h0;
    \$next\output_handler_end_in  = input_handler_end_out;
  end
  assign output_handler_busy_in = \$next\output_handler_busy_in ;
  assign end_out = \$next\end_out ;
  assign valid_out = \$next\valid_out ;
  assign data_out = \$next\data_out ;
  assign output_handler_end_in = \$next\output_handler_end_in ;
  assign new_buff_consum = \$next\new_buff_consum ;
  assign output_handler_buff_consum = \$next\output_handler_buff_consum ;
  assign output_handler_buffer = \$next\output_handler_buffer ;
  assign input_handler_dec_buff = \$next\input_handler_dec_buff ;
  assign input_handler_valid_in = \$next\input_handler_valid_in ;
  assign input_handler_in_end = \$next\input_handler_in_end ;
  assign input_handler_enc_in_ctr = \$next\input_handler_enc_in_ctr ;
  assign input_handler_enc_in = \$next\input_handler_enc_in ;
  assign latch_input = \$next\latch_input ;
endmodule